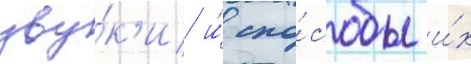
зву́к'и и́ спо́собы и́х